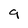
Character: 9